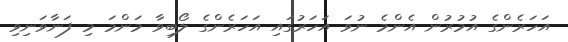
އަހަރެންގެ އުމުރުން އެންމެ ނުވަ އަހަރުގައި އަހަރެންގެ ލޯބިވާ މަންމަ މި ފަނާވަނިވި